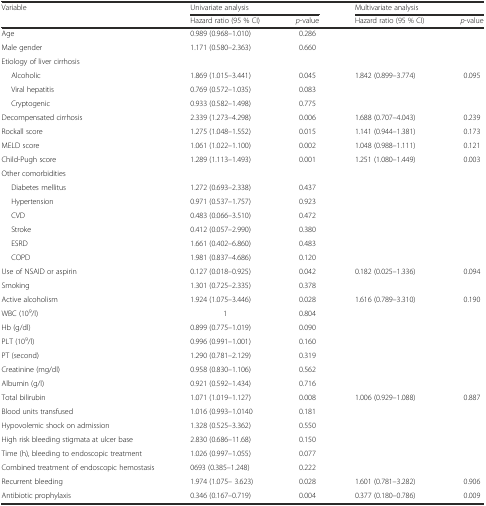
<table><thead><tr><td rowspan="2"><b>Variable</b></td><td colspan="2"><b>Univariate analysis</b></td><td colspan="2"><b>Multivariate analysis</b></td></tr><tr><td><b>Hazard ratio (95 % CI)</b></td><td><b><i>p</i>-value</b></td><td><b>Hazard ratio (95 % CI)</b></td><td><b><i>p</i>-value</b></td></tr></thead><tbody><tr><td>Age</td><td>0.989 (0.968–1.010)</td><td>0.286</td><td></td><td></td></tr><tr><td>Male gender</td><td>1.171 (0.580–2.363)</td><td>0.660</td><td></td><td></td></tr><tr><td>Etiology of liver cirrhosis</td><td></td><td></td><td></td><td></td></tr><tr><td>Alcoholic</td><td>1.869 (1.015–3.441)</td><td>0.045</td><td>1.842 (0.899–3.774)</td><td>0.095</td></tr><tr><td>Viral hepatitis</td><td>0.769 (0.572–1.035)</td><td>0.083</td><td></td><td></td></tr><tr><td>Cryptogenic</td><td>0.933 (0.582–1.498)</td><td>0.775</td><td></td><td></td></tr><tr><td>Decompensated cirrhosis</td><td>2.339 (1.273–4.298)</td><td>0.006</td><td>1.688 (0.707–4.043)</td><td>0.239</td></tr><tr><td>Rockall score</td><td>1.275 (1.048–1.552)</td><td>0.015</td><td>1.141 (0.944–1.381)</td><td>0.173</td></tr><tr><td>MELD score</td><td>1.061 (1.022–1.100)</td><td>0.002</td><td>1.048 (0.988–1.111)</td><td>0.121</td></tr><tr><td>Child-Pugh score</td><td>1.289 (1.113–1.493)</td><td>0.001</td><td>1.251 (1.080–1.449)</td><td>0.003</td></tr><tr><td>Other comorbidities</td><td></td><td></td><td></td><td></td></tr><tr><td>Diabetes mellitus</td><td>1.272 (0.693–2.338)</td><td>0.437</td><td></td><td></td></tr><tr><td>Hypertension</td><td>0.971 (0.537–1.757)</td><td>0.923</td><td></td><td></td></tr><tr><td>CVD</td><td>0.483 (0.066–3.510)</td><td>0.472</td><td></td><td></td></tr><tr><td>Stroke</td><td>0.412 (0.057–2.990)</td><td>0.380</td><td></td><td></td></tr><tr><td>ESRD</td><td>1.661 (0.402–6.860)</td><td>0.483</td><td></td><td></td></tr><tr><td>COPD</td><td>1.981 (0.837–4.686)</td><td>0.120</td><td></td><td></td></tr><tr><td>Use of NSAID or aspirin</td><td>0.127 (0.018–0.925)</td><td>0.042</td><td>0.182 (0.025–1.336)</td><td>0.094</td></tr><tr><td>Smoking</td><td>1.301 (0.725–2.335)</td><td>0.378</td><td></td><td></td></tr><tr><td>Active alcoholism</td><td>1.924 (1.075–3.446)</td><td>0.028</td><td>1.616 (0.789–3.310)</td><td>0.190</td></tr><tr><td>WBC (10<sup>9</sup>/l)</td><td>1</td><td>0.804</td><td></td><td></td></tr><tr><td>Hb (g/dl)</td><td>0.899 (0.775–1.019)</td><td>0.090</td><td></td><td></td></tr><tr><td>PLT (10<sup>9</sup>/l)</td><td>0.996 (0.991–1.001)</td><td>0.160</td><td></td><td></td></tr><tr><td>PT (second)</td><td>1.290 (0.781–2.129)</td><td>0.319</td><td></td><td></td></tr><tr><td>Creatinine (mg/dl)</td><td>0.958 (0.830–1.106)</td><td>0.562</td><td></td><td></td></tr><tr><td>Albumin (g/l)</td><td>0.921 (0.592–1.434)</td><td>0.716</td><td></td><td></td></tr><tr><td>Total bilirubin</td><td>1.071 (1.019–1.127)</td><td>0.008</td><td>1.006 (0.929–1.088)</td><td>0.887</td></tr><tr><td>Blood units transfused</td><td>1.016 (0.993–1.0140</td><td>0.181</td><td></td><td></td></tr><tr><td>Hypovolemic shock on admission</td><td>1.328 (0.525–3.362)</td><td>0.550</td><td></td><td></td></tr><tr><td>High risk bleeding stigmata at ulcer base</td><td>2.830 (0.686–11.68)</td><td>0.150</td><td></td><td></td></tr><tr><td>Time (h), bleeding to endoscopic treatment</td><td>1.026 (0.997–1.055)</td><td>0.077</td><td></td><td></td></tr><tr><td>Combined treatment of endoscopic hemostasis</td><td>0693 (0.385–1.248)</td><td>0.222</td><td></td><td></td></tr><tr><td>Recurrent bleeding</td><td>1.974 (1.075– 3.623)</td><td>0.028</td><td>1.601 (0.781–3.282)</td><td>0.906</td></tr><tr><td>Antibiotic prophylaxis</td><td>0.346 (0.167–0.719)</td><td>0.004</td><td>0.377 (0.180–0.786)</td><td>0.009</td></tr></tbody></table>